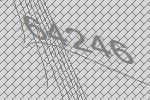
64246